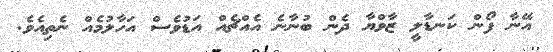
އޭނާ ފޯން ކަނޑާލީ ޒާވްޔާ ދެން ބުނާނެ އެއްޗެއް އަޑުވެސް އަހާލުމެއް ނެތިއެވެ.